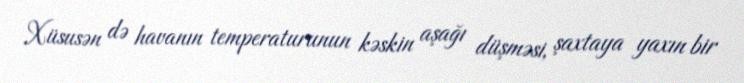
Xüsusən də havanın temperaturunun kəskin aşağı düşməsi, şaxtaya yaxın bir